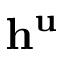
\mathbf { h } ^ { \mathbf { u } }